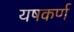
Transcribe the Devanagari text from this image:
यषकर्ण